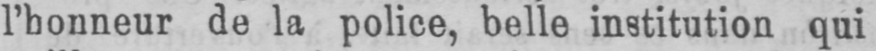
l’honneur de la police, belle institution qui